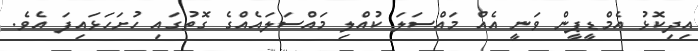
އިދިކޮޅު އެމްޑީޕީން ވަނީ އެއް މައްސަލަ ކުއްލި މައްސަލައެއްގެ ގޮތުގައި ހުށަހަޅައިފަ އެވެ.